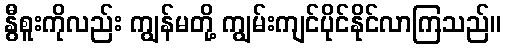
နွီစူးကိုလည်း ကျွန်မတို့ ကျွမ်းကျင်ပိုင်နိုင်လာကြသည်။